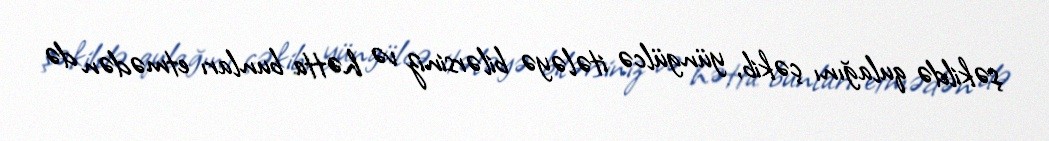
şəkildə qulağını çəkib, yüngülcə itələyə bilərsiniz və hətta bunları etmədən də